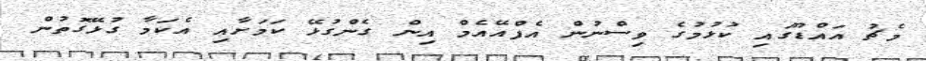
މެޗު އައްޑޫގައި ކުޅުމުގެ ވިސްނުން އެފްއޭއެމް އިން ގެންގުޅޭ ކަމަށާއި އެކަމާ ގުޅޭގޮތުން